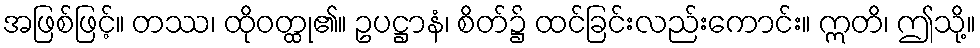
အဖြစ်ဖြင့်။ တဿ၊ ထိုဝတ္ထု၏။ ဥပဋ္ဌာနံ၊ စိတ်၌ ထင်ခြင်းလည်းကောင်း။ ဣတိ၊ ဤသို့။